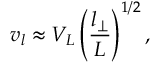
v _ { l } \approx V _ { L } \left( \frac { l _ { \perp } } { L } \right) ^ { 1 / 2 } ,